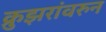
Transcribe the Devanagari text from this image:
क्रुझरांवरुन